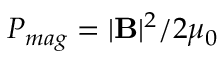
P _ { m a g } = | \mathbf { B } | ^ { 2 } / 2 \mu _ { 0 }